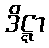
ဒိဋ္ဋာ